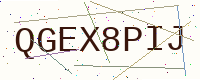
Text: QGEX8PIJ